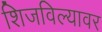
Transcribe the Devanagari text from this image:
शिजविल्यावर